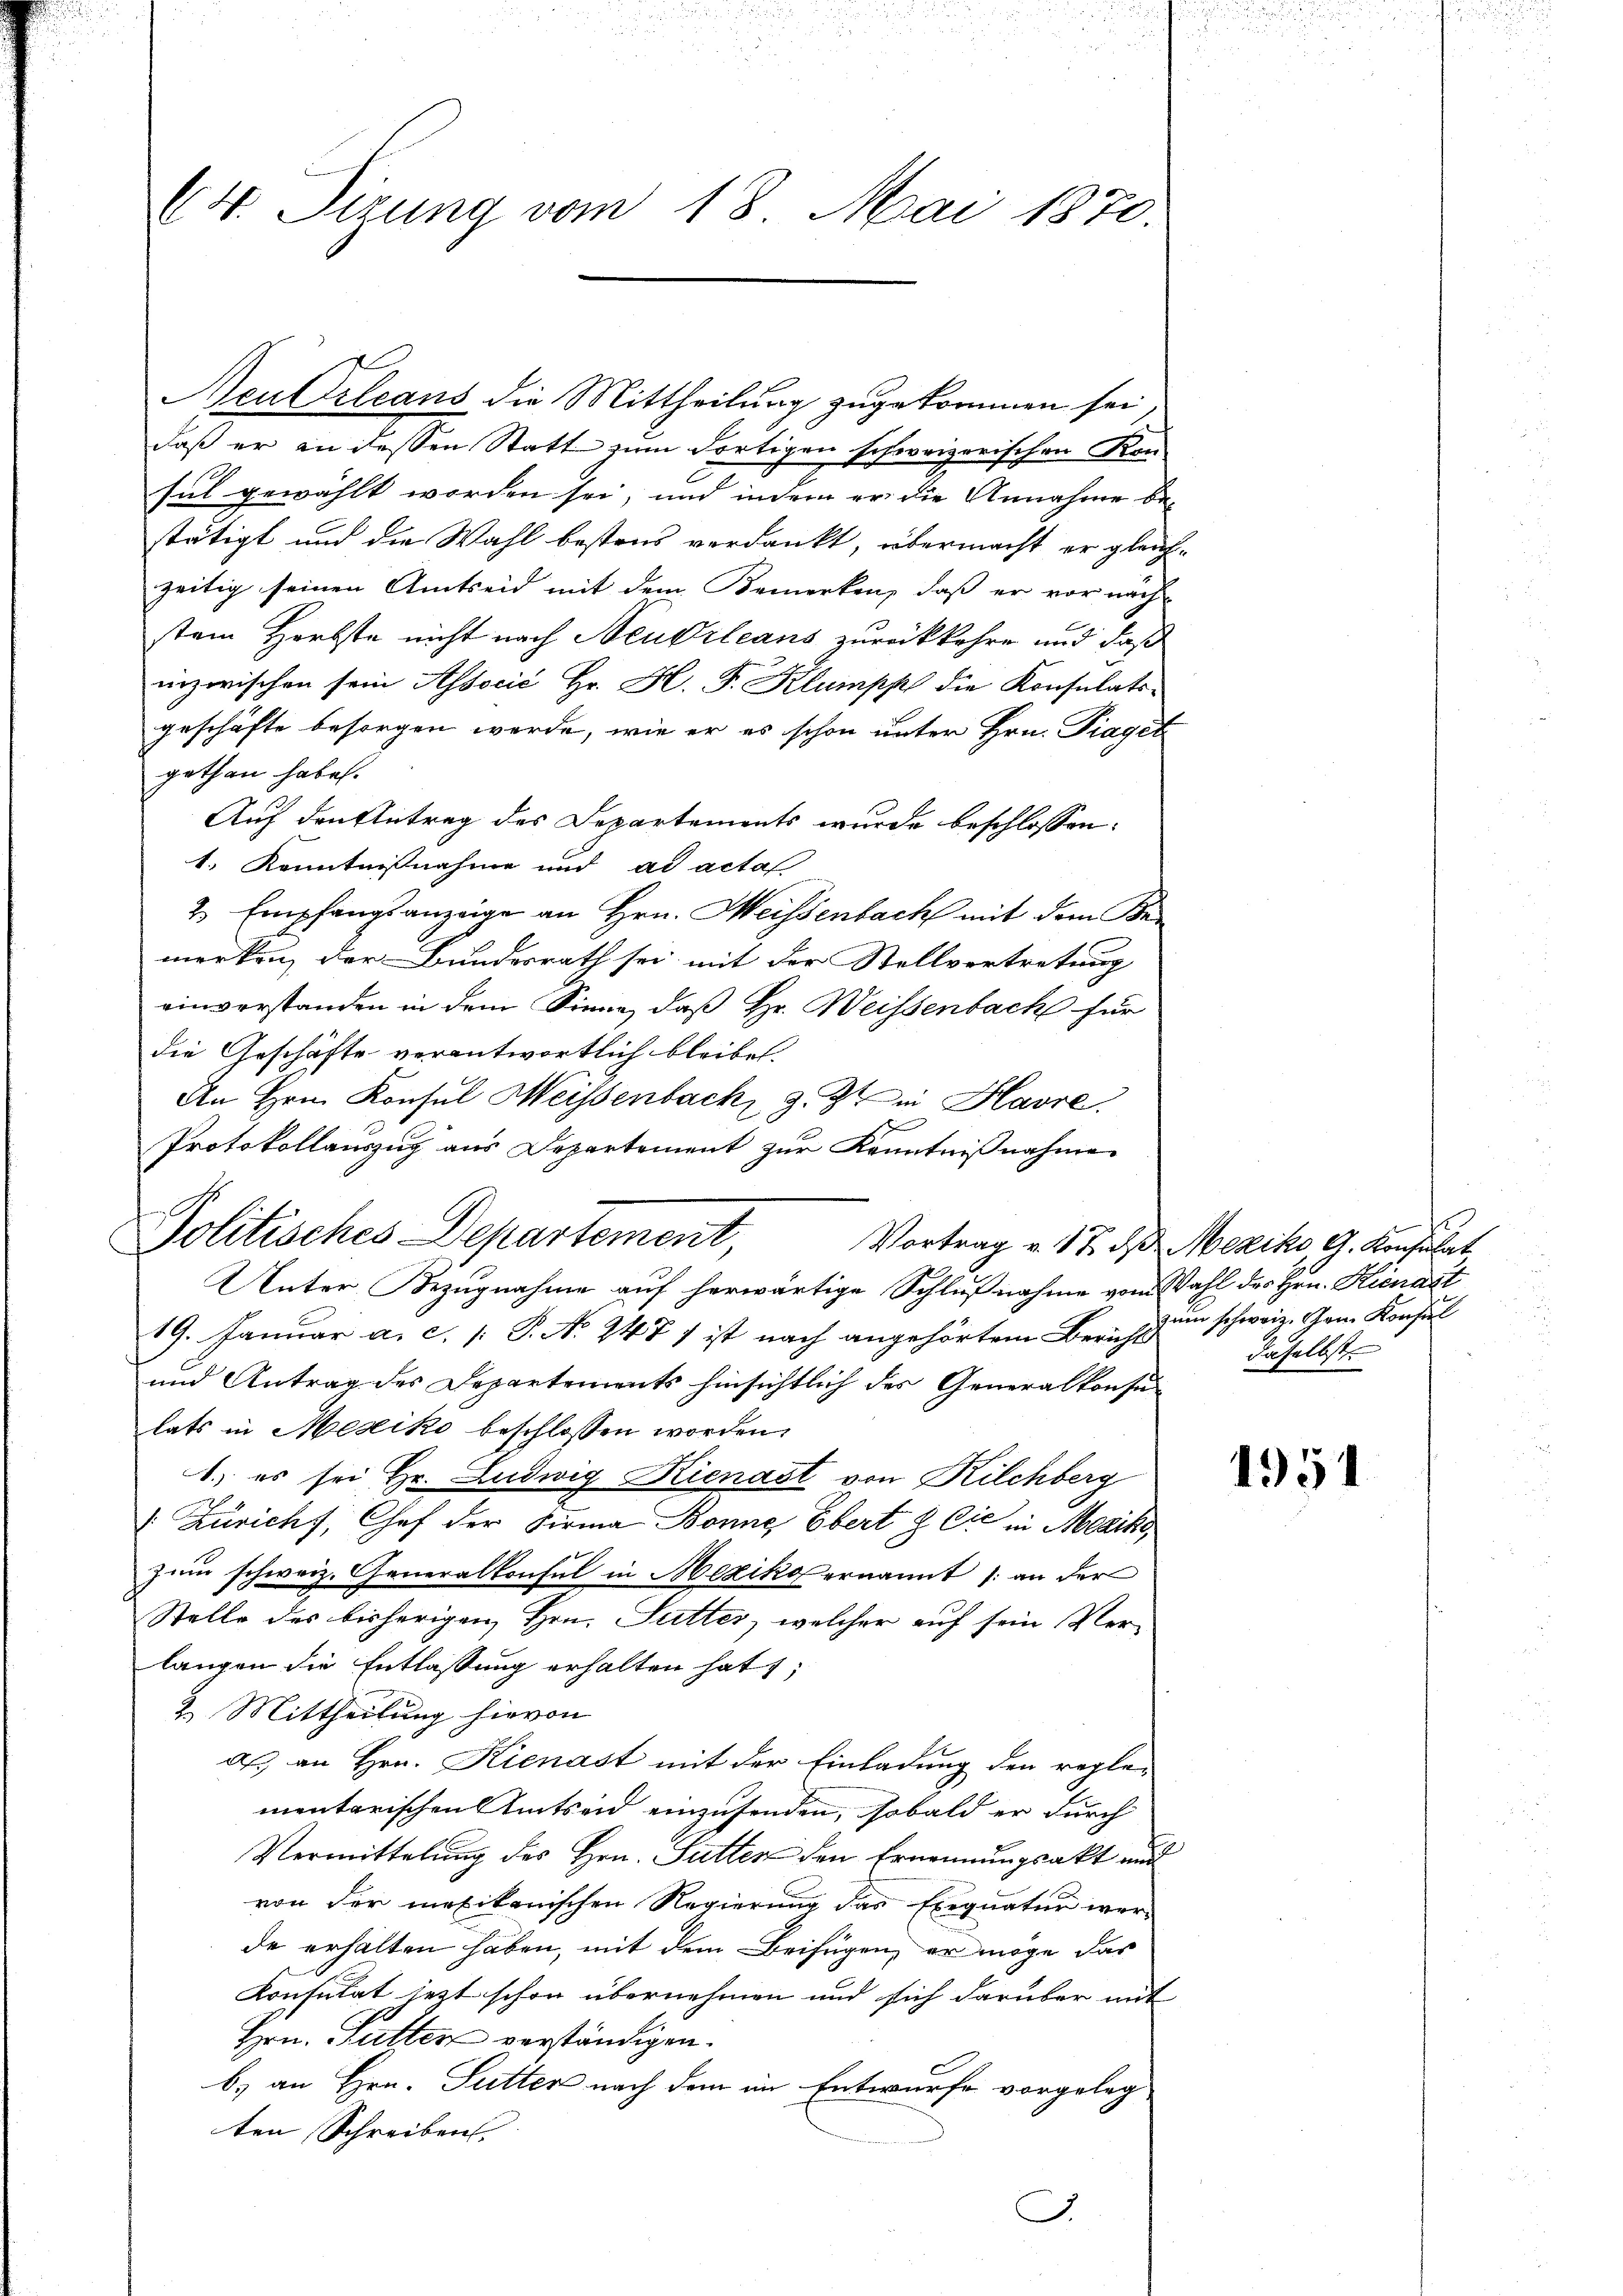
64. Sizung vom 18. Mai 1870.

Neu Orleans die Mittheilung zugekommen sei,
daß er an dessen Statt zum Fortigen schweizerischen Konsel gewählt worden sei, und indem er die Annahme be-
stätigt und die Wahl bestens verdankt, übermacht er gleich-
zeitig seinen Amtseid mit dem Bemerken, daß er vor nach
stem Herbste nicht nach Neubrleans zurückkehre und daß
inzwischen sein Associć Hr. H. F. Klumpp die Konsulats-
geschäfte besorgen werde, wie er es schon unter Hrn. Praget
gethan habe.
Auf den Antrag des Departements wurde beschlossen:
1. Kenntnißnahme und ad acta
2 Empfangsanzeige an Hrn. Meissenbach mit dem Ber
merken, der Bundesrath sei mit der Stellvertretung
einverstanden in dem Sinne, daß Hr. Weissenbach für
die Geschäfte verantwortlich bleibet.
An Hrn. Konsul Weissenbach, z. Zt. in Havre.
s
Protokollauszug aus Departement zur Kenntnißnahmen
Vortrag v. 17. d. Meziko, G. Konsulat
Unter Bezugnahme auf herwärtige Schlußnahme vom Wahl des Hrn. Kienast
19. Januar a. c. 1 S. No 247 f ist nach angehörtem Bern dem schweiz. Gem. Konsul
und Antrag des Departements hinsichtlich des Generalkonsulats in Mesiko beschlossen worden.
1.) es sei Hr. Ludwig Kienast von Kilchberg
Züricht, Chef der Firma Bonne Ebert & Cie in Mexiko
zum schweiz. Generalkonsul in Mexiko ernannt (an der
Stelle des bisherigen Hrn. Sutter, welcher auf sein Ver-
langen die Entlassung erhalten hat;
2. Mittheilung hievon
a) an Hrn. Kienast mit der Einladung den reglementarischen Amtsard einzusenden, sobald er durch
Vermittelung des Hrn. Futter den Ernennungsakt und
von der mexikanischen Regierung das Exequatur werde erhalten haben, mit dem Beifügen, er möge das
Konsulat jezt schon übernehmen und sich darüber mit
Hrn. Futter verständigen.
b.) an Hrn. Sutter nach dem in Entwurfe vorgeleg
ten Schreiben.
J.

Politisches Departement,

daselbst

1951